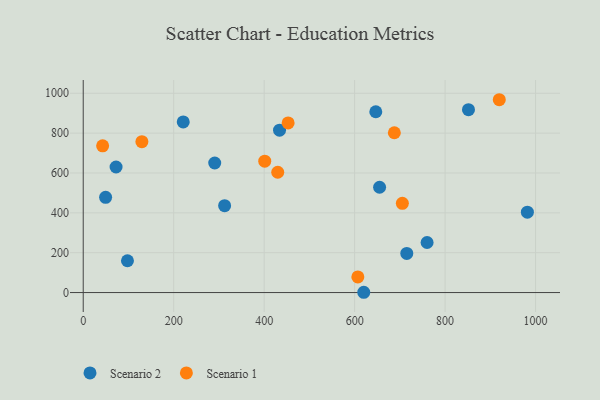
{"axis": {"x": "Engine Size", "y": "Exam Score"}, "legend": ["Scenario 1", "Scenario 2"], "data": [{"x": "981.9", "y": 403.2, "type": "Scenario 2"}, {"x": "646.8", "y": 907.2, "type": "Scenario 2"}, {"x": "97.8", "y": 159.5, "type": "Scenario 2"}, {"x": "715.3", "y": 196.4, "type": "Scenario 2"}, {"x": "312.6", "y": 435.9, "type": "Scenario 2"}, {"x": "655.2", "y": 528.3, "type": "Scenario 2"}, {"x": "49.5", "y": 477.8, "type": "Scenario 2"}, {"x": "290.7", "y": 650.1, "type": "Scenario 2"}, {"x": "221.1", "y": 856.4, "type": "Scenario 2"}, {"x": "620.2", "y": 1.4, "type": "Scenario 2"}, {"x": "851.7", "y": 917.8, "type": "Scenario 2"}, {"x": "434.0", "y": 814.9, "type": "Scenario 2"}, {"x": "72.6", "y": 630.0, "type": "Scenario 2"}, {"x": "760.2", "y": 251.1, "type": "Scenario 2"}, {"x": "453.0", "y": 851.3, "type": "Scenario 1"}, {"x": "919.8", "y": 967.6, "type": "Scenario 1"}, {"x": "705.5", "y": 447.8, "type": "Scenario 1"}, {"x": "129.7", "y": 757.1, "type": "Scenario 1"}, {"x": "607.1", "y": 78.6, "type": "Scenario 1"}, {"x": "42.9", "y": 736.4, "type": "Scenario 1"}, {"x": "687.8", "y": 801.8, "type": "Scenario 1"}, {"x": "430.0", "y": 603.7, "type": "Scenario 1"}, {"x": "401.3", "y": 659.2, "type": "Scenario 1"}]}